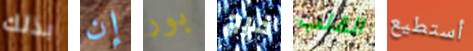
بذلك إن بور خرج القلب أستطيع